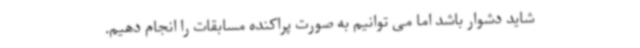
شاید دشوار باشد اما می توانیم به صورت پراکنده مسابقات را انجام دهیم.